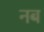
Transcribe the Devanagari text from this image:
नब